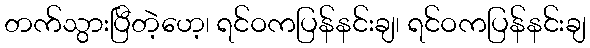
တက်သွားပြီတဲ့ဟေ့၊ ရင်ဝကပြန်နင်းချ၊ ရင်ဝကပြန်နင်းချ